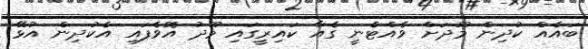
ބައެއް ކުދިން މޫދަށް ވެއްޓެނީ ގެއާ ކައިރީގައި މޫދު އޮވެފައި އެކުދިން އުޅޭ